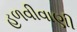
હળવીવાણી